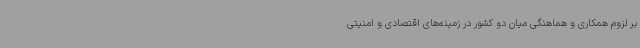
بر لزوم همکاری و هماهنگی میان دو کشور در زمینه‌های اقتصادی و امنیتی